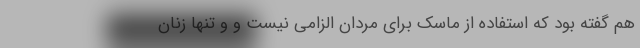
هم گفته بود که استفاده از ماسک برای مردان الزامی نیست و و تنها زنان